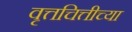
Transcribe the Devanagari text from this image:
वृत्तचित्तीच्या